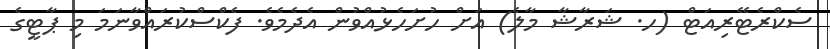
ސެކްރެޓޭރިއަޓް (ހ. ޝަރާޝާ މާލެ) އަށް ހުށަހެޅުއްވުން އެދެމެވެ. ފެކްސްކުރައްވާނަމަ މި ޕާޓީގެ